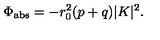
\Phi _ { \mathrm { a b s } } = - r _ { 0 } ^ { 2 } ( p + q ) | K | ^ { 2 } .